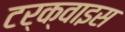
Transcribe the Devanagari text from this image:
टर्क्वाइस